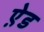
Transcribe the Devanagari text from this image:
ऐ़ड